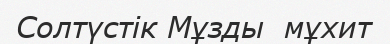
Солтүстік Мұзды  мұхит